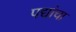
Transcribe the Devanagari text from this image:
पद्यांचा